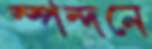
স্পন্দনে